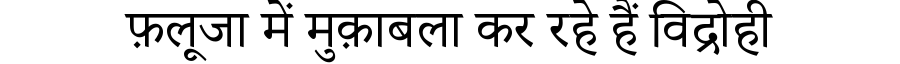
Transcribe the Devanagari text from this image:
फ़लूजा में मुक़ाबला कर रहे हैं विद्रोही